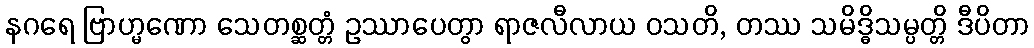
နဂရေ ဗြာဟ္မဏော သေတစ္ဆတ္တံ ဥဿာပေတွာ ရာဇလီလာယ ဝသတိ, တဿ သမိဒ္ဓိသမ္ပတ္တိ ဒီပိတာ